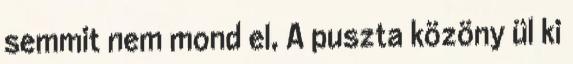
semmit nem mond el, A puszta közöny ül ki